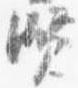
賢